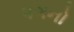
પગનો